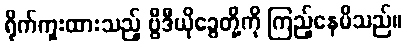
ရိုက်ကူးထားသည့် ဗွီဒီယိုခွေတို့ကို ကြည့်နေမိသည်။